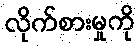
လိုက်စားမှုကို